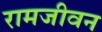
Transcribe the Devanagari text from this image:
रामजीवन